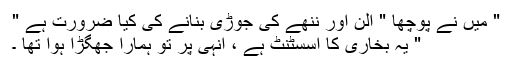
" میں نے پوچھا " الّن اور ننھے کی جوڑی بنانے کی کیا ضرورت ہے "
" یہ بخاری کا اسسٹنٹ ہے ، انہی پر تو ہمارا جھگڑا ہوا تھا ۔